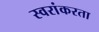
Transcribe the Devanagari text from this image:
स्वरांकरता